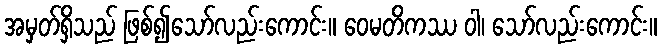
အမှတ်ရှိသည် ဖြစ်၍သော်လည်းကောင်း။ ဝေမတိကဿ ဝါ၊ သော်လည်းကောင်း။